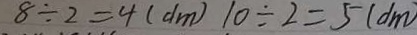
8 \div 2 = 4 ( d m ) 1 0 \div 2 = 5 ( d m )